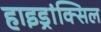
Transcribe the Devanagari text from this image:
हाइड्रांक्सिल